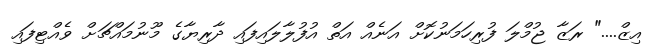
އިޒް...." ރަޒާ ޖުމްލަ ފުރިހަމަނުކޮށް އަނެއް އަތް އުފުލާލައިފައި ދާރިޔާގެ މޫނުމައްޗަށް ވެއްޓިފައި